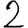
Digit: 2